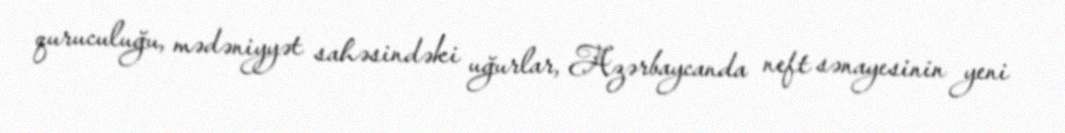
quruculuğu, mədəniyyət sahəsindəki uğurlar, Azərbaycanda neft sənayesinin yeni